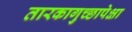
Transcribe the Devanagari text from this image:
तारकागुच्छापेक्षा